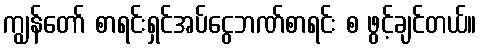
ကျွန်တော် စာရင်းရှင်အပ်ငွေဘဏ်စာရင်း စ ဖွင့်ချင်တယ်။